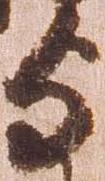
与